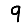
Digit: 9